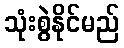
သုံးစွဲနိုင်မည်